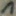
Text: 1